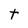
Character: t